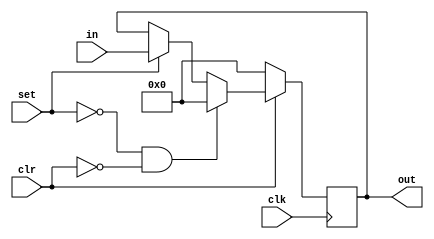
`timescale 1ns / 1ps
///////////////////////////////////////////////////////////////////////////////////////
// Alex Hendren
// Sean McFeely
// EE480 - Heath
// Accumulator Based Processor
//
//Parameterized load store register
//
// clr set   funct
//	0	0    clear register to zero
//	0	1	 clear register to zero
//	1	0    store
//	1	1    load from input
//
///////////////////////////////////////////////////////////////////////////////////////
module ld_st_reg(clk, clr, set, in, out);
    parameter n = 8;            //register size in bits
    input [n-1:0] in;           //load input
    input set;                  //set
    input clr;                  //active-low clear
    input clk;                  //clock
    output reg [n-1:0] out;     //output
    
    always@(posedge clk)
    begin
        if(clr == 0) //clear to 0s
        begin
            out <= 8'b00000000;
        end
		else if( (set==0) && (clr==0) ) //clear to 0s
		begin 
			out <= 8'b00000000;
		end
        else if(set == 1) //load
        begin
            out <= in;
        end
        else  //store
        begin
            out <= out;
        end
    end
    
endmodule